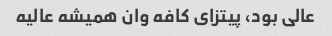
عالی بود، پیتزای کافه وان همیشه عالیه